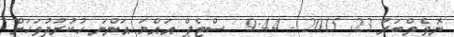
ނޮވެމްބަރު 23